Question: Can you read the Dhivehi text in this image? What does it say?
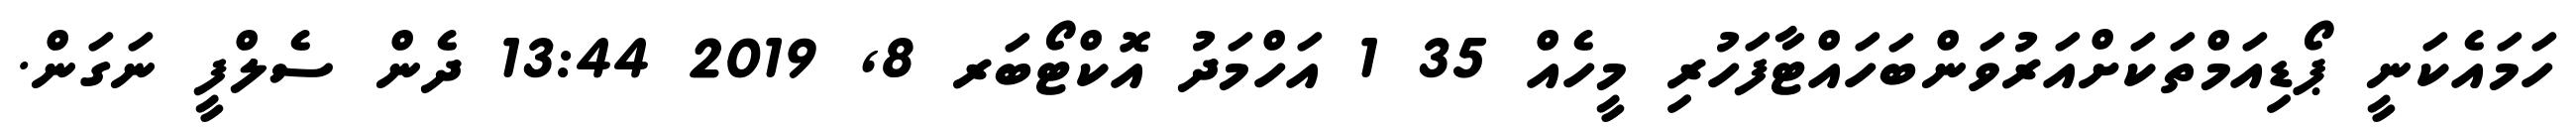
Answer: ހަމައެކަނީ ޕޯޑިއަމްތަކަށްއަރުވަންބަހައްޓާފަހުރި މީހެއް 35 1 އަހްމަދު އޮކްޓޯބަރ 8, 2019 13:44 ދެން ސެލްފީ ނަގަން.